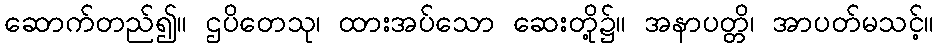
ဆောက်တည်၍။ ဌပိတေသု၊ ထားအပ်သော ဆေးတို့၌။ အနာပတ္တိ၊ အာပတ်မသင့်။